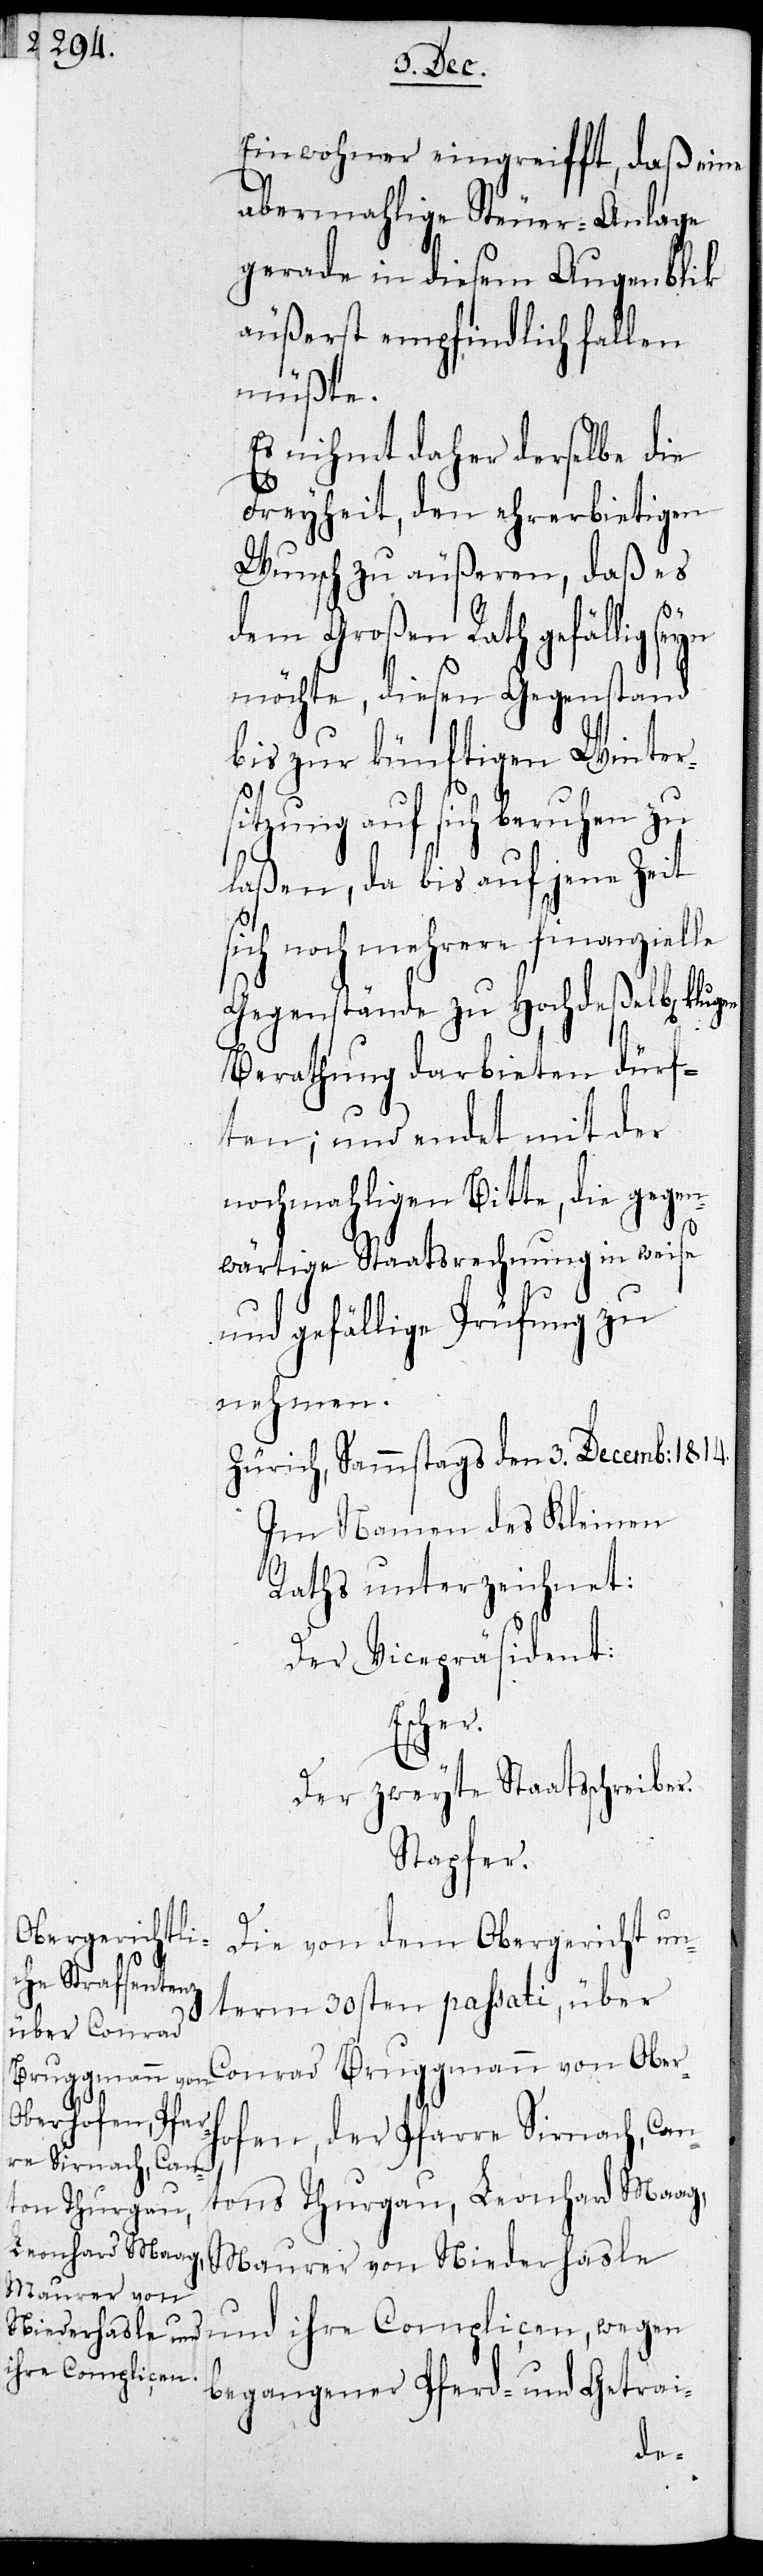
Einwohner eingreifft, daß eine
abermahlige Steuer-Anlage
gerade in diesem Augenblik
äußerst empfindlich fallen
müßte.
Es nihmt daher derselbe die
Freyheit, den ehrerbietigen
Wunsch zu äußeren, daß es
dem Großen Rath gefällig
möchte, diesen Gegenstand
bis zur künftigen Winter¬
sitzung auf sich beruhen zu
laßen, da bis auf jene Zeit
sich noch mehrere finanzielle
Gegenstände zu Hochdeßelben klugen
Berathung darbieten dürf¬
ten; und endet mit der
nochmahligen Bitte, die gegen¬
wärtige Staatsrechnung in weise
und gefällige Prüfung zu
nehmen.
Zürich, Sammstags den 3. Decemb: 1814.
Im Namen des Kleinen
Raths unterzeichnet:
Der Vicepräsident:
Escher
Der zweyte Staatsschreiber:
Stapfer.
Die von dem Obergericht un¬
term 30sten passati, über
Conrad Bruggmann von Oberh¬
ofen, der Pfarre Sirnach, Can¬
tons Thurgau, Leonhard Maag,
Maurer von Niederhasle
und ihre Complicen, wegen
begangener Pferd- und Getrai-